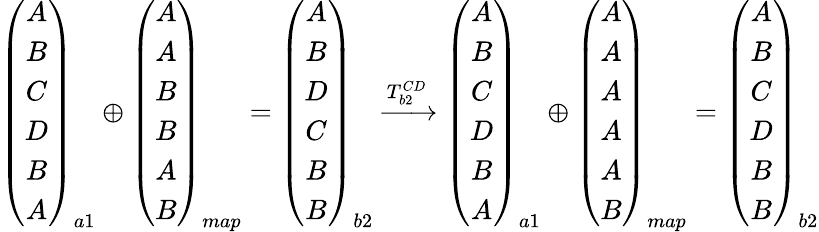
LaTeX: \begin{array}{r}{\left(\begin{array}{c}{A}\\ {B}\\ {C}\\ {D}\\ {B}\\ {A}\end{array}\right)_{a1}\oplus\left(\begin{array}{c}{A}\\ {A}\\ {B}\\ {B}\\ {A}\\ {B}\end{array}\right)_{map}=\left(\begin{array}{c}{A}\\ {B}\\ {D}\\ {C}\\ {B}\\ {B}\end{array}\right)_{b2}\xrightarrow{T_{b2}^{CD}}\left(\begin{array}{c}{A}\\ {B}\\ {C}\\ {D}\\ {B}\\ {A}\end{array}\right)_{a1}\oplus\left(\begin{array}{c}{A}\\ {A}\\ {A}\\ {A}\\ {A}\\ {B}\end{array}\right)_{map}=\left(\begin{array}{c}{A}\\ {B}\\ {C}\\ {D}\\ {B}\\ {B}\end{array}\right)_{b2}}\end{array}